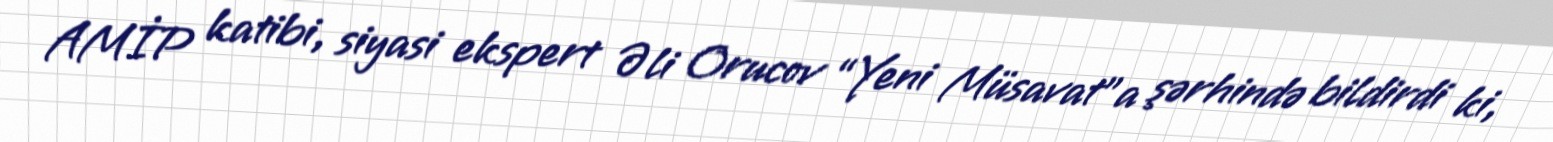
AMİP katibi, siyasi ekspert Əli Orucov “Yeni Müsavat”a şərhində bildirdi ki,